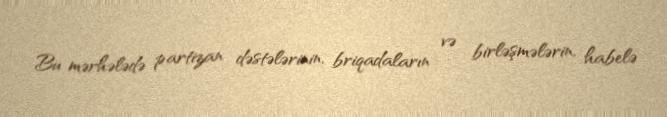
Bu mərhələdə partizan dəstələrinin, briqadaların və birləşmələrin, habelə